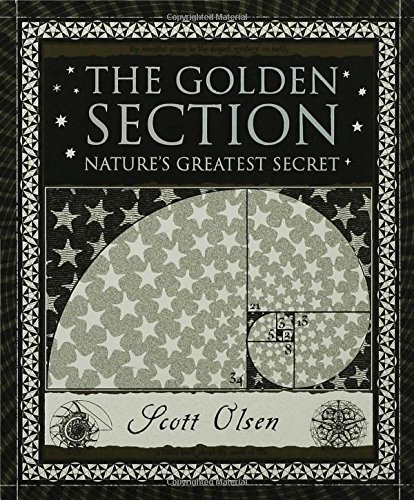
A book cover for The Golden Section: Nature's Greatest Secret (Wooden Books); Scott Olsen; Science & Math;